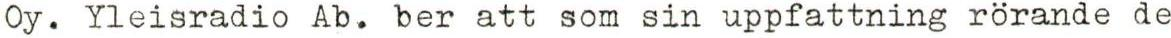
Oy. Yleisradio Ab. ber att som sin uppfattning rörande de